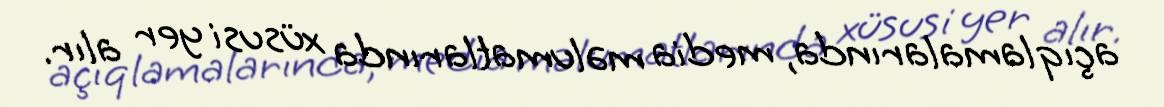
açıqlamalarında, media məlumatlarında xüsusi yer alır.